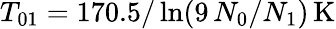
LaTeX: T_{01}=170.5/\ln(9\, N_{0}/N_{1})\, \mathrm{K}